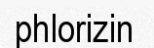
phlorizin